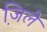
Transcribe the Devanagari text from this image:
जि़ले